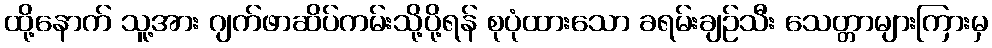
ထို့နောက် သူ့အား ဂျက်ဖာဆိပ်ကမ်းသို့ပို့ရန် စုပုံထားသော ခရမ်းချဉ်သီး သေတ္တာများကြားမှ